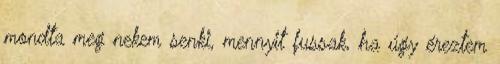
mondta meg nekem senki, mennyit fussak, ha úgy éreztem